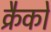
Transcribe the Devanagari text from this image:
क्रैकों